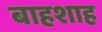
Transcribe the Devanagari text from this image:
बाहशाह